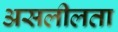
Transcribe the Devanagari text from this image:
असलीलता